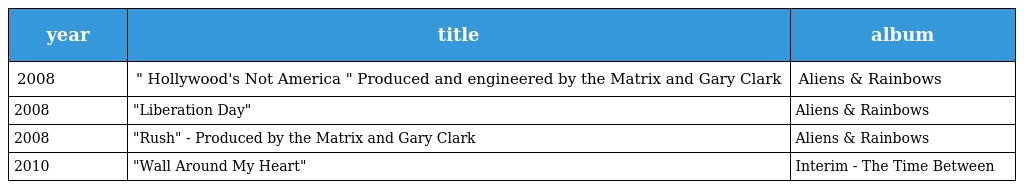
| year | title | album |
 | --- | --- | --- |
 | 2008 | " Hollywood's Not America " Produced and engineered by the Matrix and Gary Clark | Aliens & Rainbows |
 | 2008 | "Liberation Day" | Aliens & Rainbows |
 | 2008 | "Rush" - Produced by the Matrix and Gary Clark | Aliens & Rainbows |
 | 2010 | "Wall Around My Heart" | Interim - The Time Between |